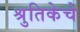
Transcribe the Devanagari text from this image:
श्रुतिकेचे